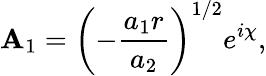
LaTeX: \mathbf{A}_{1}=\left(-\frac{{a_{1}r}}{{a_{2}}}\right)^{1/2}e^{i\chi},